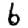
Digit: 6